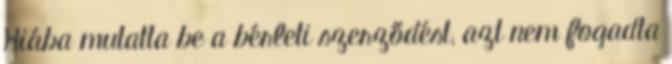
Hiába mutatta be a bérleti szerződést, azt nem fogadta